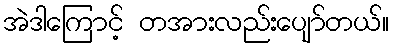
အဲဒါကြောင့် တအားလည်းပျော်တယ်။